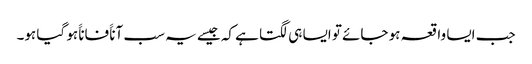
جب ایسا واقعہ ہو جائے تو ایسا ہی لگتا ہے کہ جیسے یہ سب آناََ فاناََ ہو گیا ہو۔